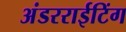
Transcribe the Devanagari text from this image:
अंडरराईटिंग